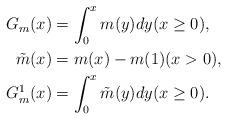
LaTeX: \begin{align*} G_m(x) &= \int_{0}^{x}m(y)dy (x \geq 0) , \\ \tilde{m}(x) &= m(x) - m(1) (x > 0) , \\ G^1_m(x) &= \int_{0}^{x}\tilde{m}(y)dy (x \geq 0). \end{align*}